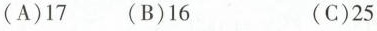
(A)17 (B)16 (C)25